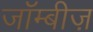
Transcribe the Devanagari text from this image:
जॉम्बीज़